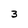
Character: 3